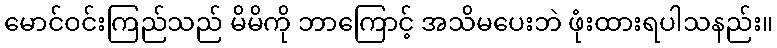
မောင်ဝင်းကြည်သည် မိမိကို ဘာကြောင့် အသိမပေးဘဲ ဖုံးထားရပါသနည်း။